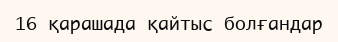
16 қарашада қайтыс болғандар